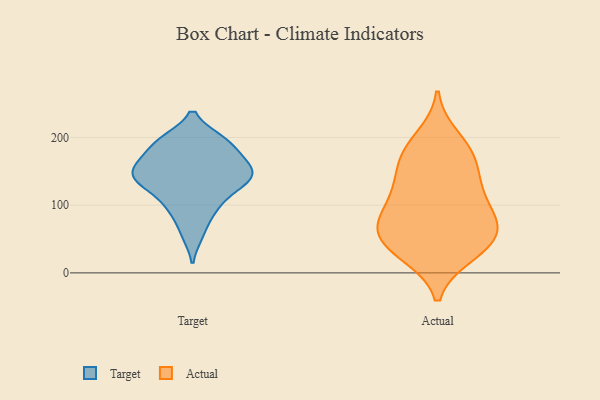
{"axis": {"x": "Budget (USD K)", "y": "Value"}, "legend": ["Actual", "Target"], "data": [{"x": "", "y": 143, "type": "Target"}, {"x": "", "y": 57, "type": "Target"}, {"x": "", "y": 171, "type": "Target"}, {"x": "", "y": 168, "type": "Target"}, {"x": "", "y": 195, "type": "Target"}, {"x": "", "y": 92, "type": "Target"}, {"x": "", "y": 196, "type": "Target"}, {"x": "", "y": 153, "type": "Target"}, {"x": "", "y": 195, "type": "Target"}, {"x": "", "y": 139, "type": "Target"}, {"x": "", "y": 123, "type": "Target"}, {"x": "", "y": 141, "type": "Target"}, {"x": "", "y": 128, "type": "Target"}, {"x": "", "y": 97, "type": "Target"}, {"x": "", "y": 156, "type": "Target"}, {"x": "", "y": 98, "type": "Actual"}, {"x": "", "y": 136, "type": "Actual"}, {"x": "", "y": 200, "type": "Actual"}, {"x": "", "y": 164, "type": "Actual"}, {"x": "", "y": 119, "type": "Actual"}, {"x": "", "y": 90, "type": "Actual"}, {"x": "", "y": 68, "type": "Actual"}, {"x": "", "y": 36, "type": "Actual"}, {"x": "", "y": 28, "type": "Actual"}, {"x": "", "y": 178, "type": "Actual"}, {"x": "", "y": 27, "type": "Actual"}, {"x": "", "y": 65, "type": "Actual"}, {"x": "", "y": 178, "type": "Actual"}, {"x": "", "y": 57, "type": "Actual"}, {"x": "", "y": 74, "type": "Actual"}, {"x": "", "y": 54, "type": "Actual"}, {"x": "", "y": 134, "type": "Actual"}]}